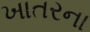
ખાતરના